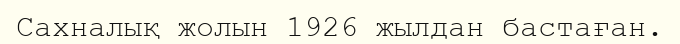
Сахналық жолын 1926 жылдан бастаған.